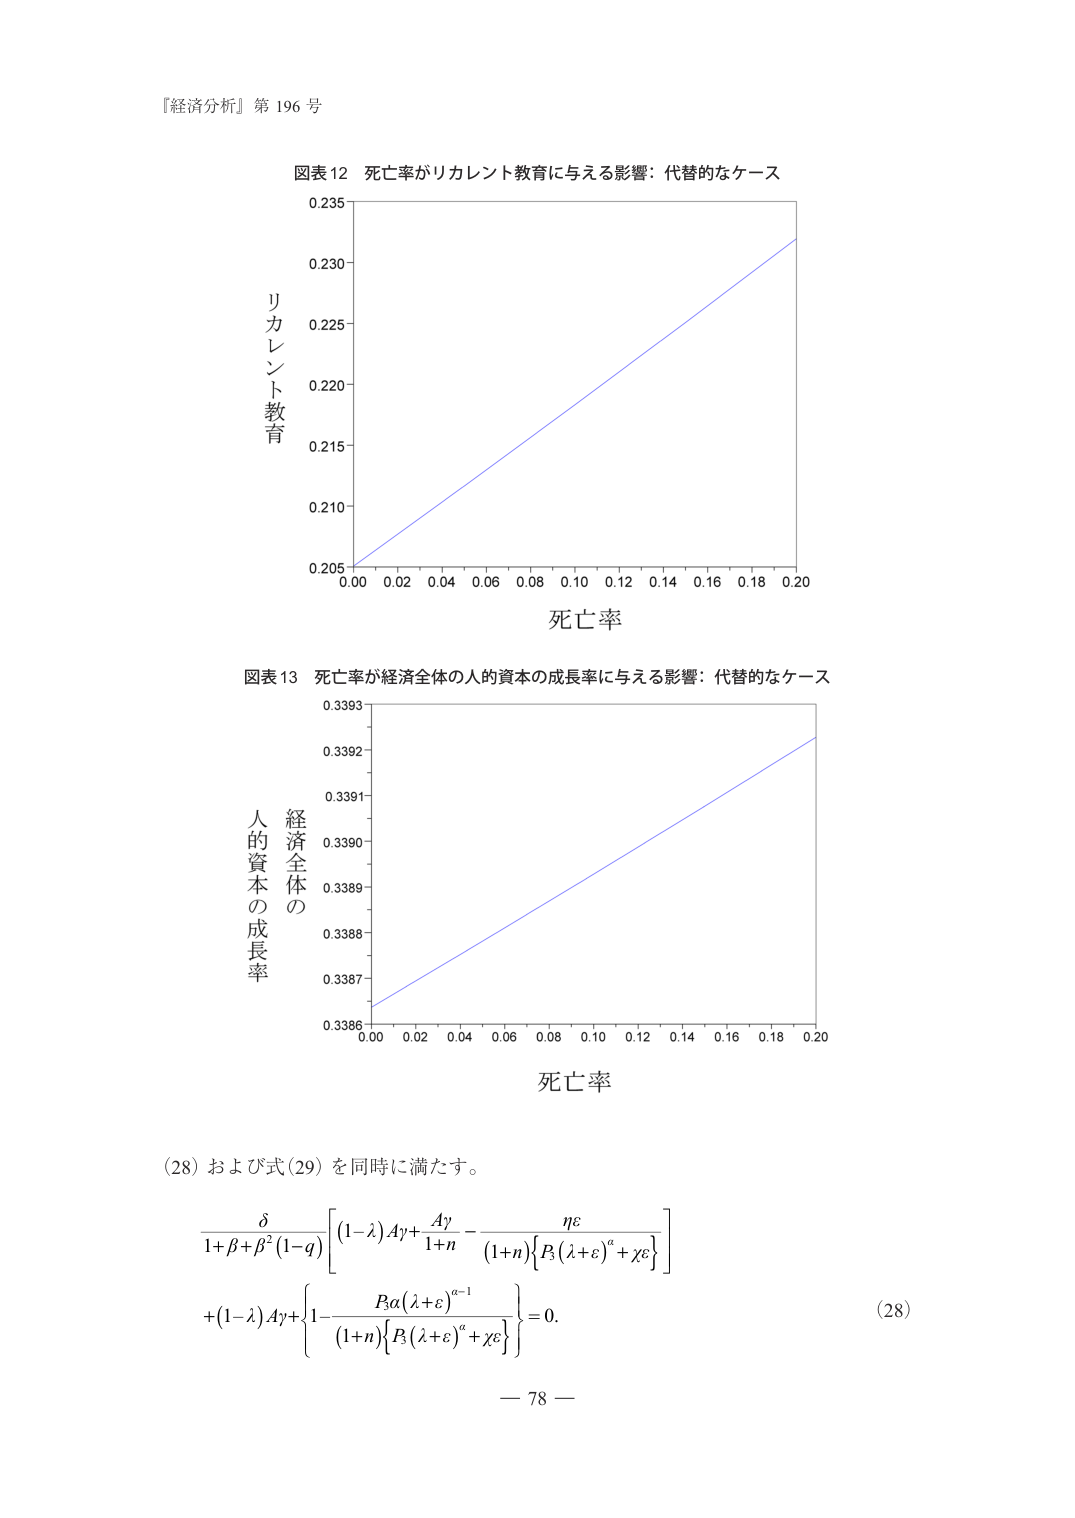
『経済分析』第 196 号

図表 12 死亡率がリカレント教育に与える影響：代替的なケース
リカレント教育
0.235
0.230
0.225
0.220
0.215
0.210
0.205
0.00 0.02 0.04 0.06 0.08 0.10 0.12 0.14 0.16 0.18 0.20
死亡率

図表 13 死亡率が経済全体の人的資本の成長率に与える影響：代替的なケース
経済全体の
人的資本の成長率
0.3393
0.3392
0.3391
0.3390
0.3389
0.3388
0.3387
0.3386
0.00 0.02 0.04 0.06 0.08 0.10 0.12 0.14 0.16 0.18 0.20
死亡率

(28) および式 (29) を同時に満たす。
\frac{\delta}{1+\beta+\beta^2(1-q)}\left[(1-\lambda)A\gamma+\frac{A\gamma}{1+n}-\frac{\eta\varepsilon}{(1+n)\left\{P_3\left(\lambda+\varepsilon\right)^a+\chi\varepsilon\right\}}\right]
+\left(1-\lambda\right)A\gamma+\left\{1-\frac{B_3\alpha\left(\lambda+\varepsilon\right)^{a-1}}{(1+n)\left\{P_3\left(\lambda+\varepsilon\right)^a+\chi\varepsilon\right\}}\right\}=0.
(28)

— 78 —